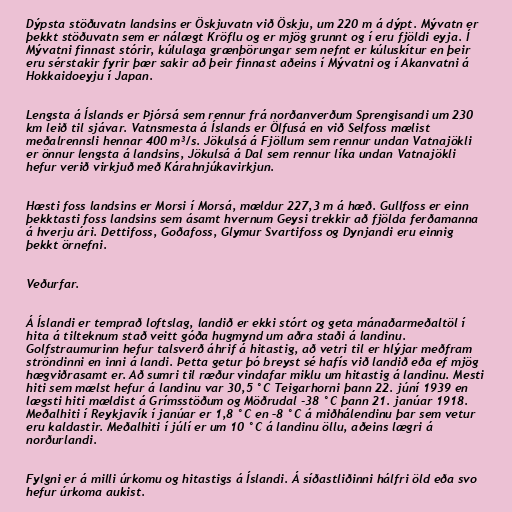
Dýpsta stöðuvatn landsins er Öskjuvatn við Öskju, um 220 m á dýpt. Mývatn er
þekkt stöðuvatn sem er nálægt Kröflu og er mjög grunnt og í eru fjöldi eyja. Í
Mývatni finnast stórir, kúlulaga grænþörungar sem nefnt er kúluskítur en þeir
eru sérstakir fyrir þær sakir að þeir finnast aðeins í Mývatni og í Akanvatni á
Hokkaidoeyju í Japan.

Lengsta á Íslands er Þjórsá sem rennur frá norðanverðum Sprengisandi um 230
km leið til sjávar. Vatnsmesta á Íslands er Ölfusá en við Selfoss mælist
meðalrennsli hennar 400 m³/s. Jökulsá á Fjöllum sem rennur undan Vatnajökli
er önnur lengsta á landsins, Jökulsá á Dal sem rennur líka undan Vatnajökli
hefur verið virkjuð með Kárahnjúkavirkjun.

Hæsti foss landsins er Morsi í Morsá, mældur 227,3 m á hæð. Gullfoss er einn
þekktasti foss landsins sem ásamt hvernum Geysi trekkir að fjölda ferðamanna
á hverju ári. Dettifoss, Goðafoss, Glymur Svartifoss og Dynjandi eru einnig
þekkt örnefni.

Veðurfar.

Á Íslandi er temprað loftslag, landið er ekki stórt og geta mánaðarmeðaltöl í
hita á tilteknum stað veitt góða hugmynd um aðra staði á landinu.
Golfstraumurinn hefur talsverð áhrif á hitastig, að vetri til er hlýjar meðfram
ströndinni en inni á landi. Þetta getur þó breyst sé hafís við landið eða ef mjög
hægviðrasamt er. Að sumri til ræður vindafar miklu um hitastig á landinu. Mesti
hiti sem mælst hefur á landinu var 30,5 °C Teigarhorni þann 22. júní 1939 en
lægsti hiti mældist á Grímsstöðum og Möðrudal -38 °C þann 21. janúar 1918.
Meðalhiti í Reykjavík í janúar er 1,8 °C en –8 °C á miðhálendinu þar sem vetur
eru kaldastir. Meðalhiti í júlí er um 10 °C á landinu öllu, aðeins lægri á
norðurlandi.

Fylgni er á milli úrkomu og hitastigs á Íslandi. Á síðastliðinni hálfri öld eða svo
hefur úrkoma aukist.